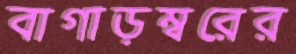
বাগাড়ম্বরের